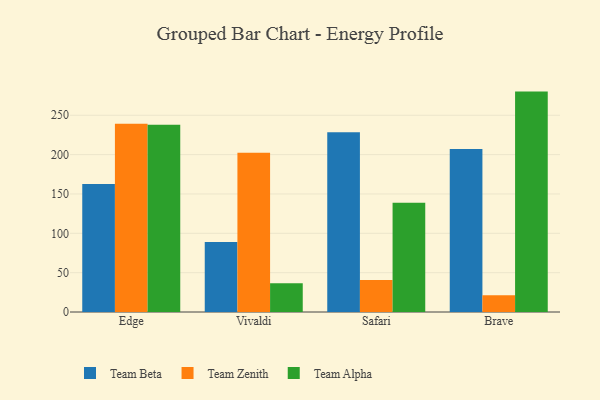
{"axis": {"x": "Browser", "y": "Operating Costs (USD K)"}, "legend": ["Team Alpha", "Team Beta", "Team Zenith"], "data": [{"x": "Edge", "y": 162.7, "type": "Team Beta"}, {"x": "Edge", "y": 239.3, "type": "Team Zenith"}, {"x": "Edge", "y": 238.1, "type": "Team Alpha"}, {"x": "Vivaldi", "y": 89.1, "type": "Team Beta"}, {"x": "Vivaldi", "y": 202.3, "type": "Team Zenith"}, {"x": "Vivaldi", "y": 36.4, "type": "Team Alpha"}, {"x": "Safari", "y": 228.3, "type": "Team Beta"}, {"x": "Safari", "y": 40.8, "type": "Team Zenith"}, {"x": "Safari", "y": 138.8, "type": "Team Alpha"}, {"x": "Brave", "y": 207.3, "type": "Team Beta"}, {"x": "Brave", "y": 21.2, "type": "Team Zenith"}, {"x": "Brave", "y": 280.1, "type": "Team Alpha"}]}